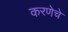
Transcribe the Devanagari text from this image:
करणेचे